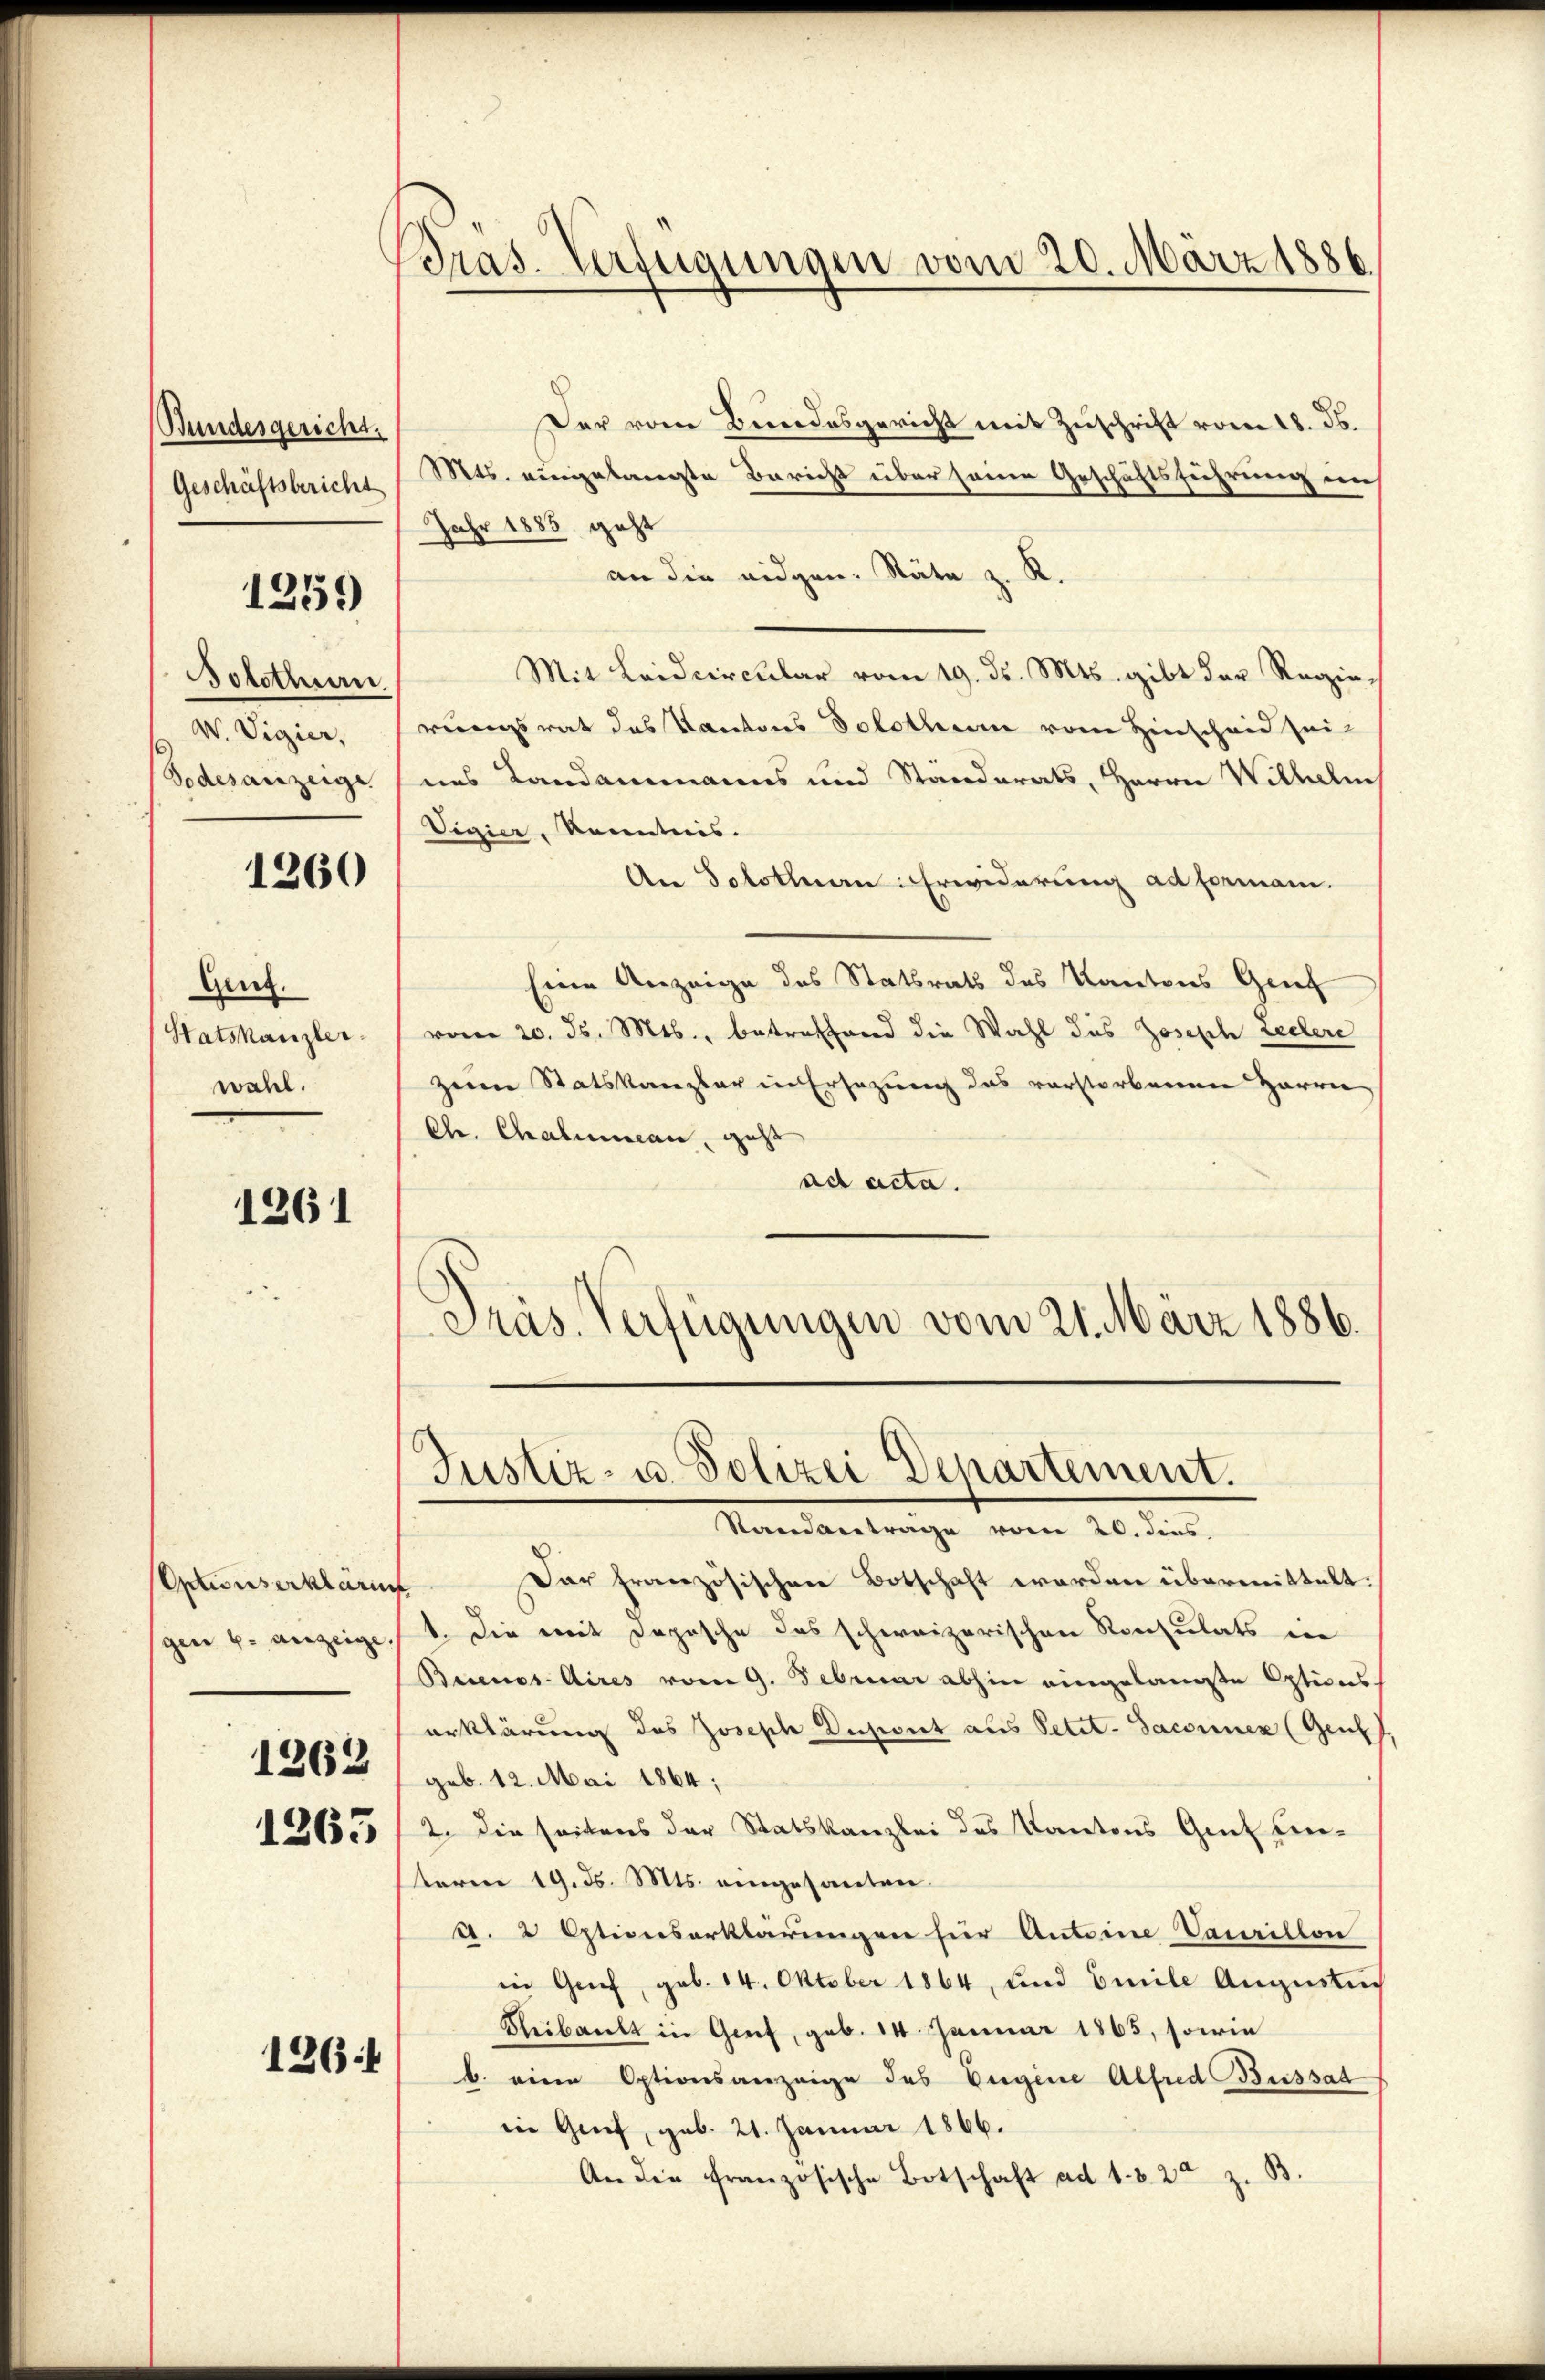
Bundesgericht.
Geschäftsbericht

1259

Bolothurn
W. Vigier,

1260

Geng.
Satskanzler.
wahl.

1261

ntunserklärun
gen 6. anzeige
1262
1265

1261

Präs. Verfügungen vom 20. März 1886

Der vom Bundesgericht mit Zuschrift vom 18. ds.
Mts. eingelangte Bericht über seine Geschäftsführung im
Jahr 1885 geht
an die eidgen. Stäte z. K.
Mit Leidcircular vom 19. ds. Mts. gibt der Regierungsrat das Kantons Solothur vom Hinscheid sei
Todesanzeige uns Landammanns und Ständerats, Herrn Wilhelm
Vigier, Kenntnis.
An Solothurn Erwiderung ad formani.
Eine Anzeige des Statsrath des Kantons Genf
vom 20. ds. Mts., betreffend die Wahl des Joseph Leitere
zum Statskanzler in Ersezung das vorstorbenen Herrn
Chr. Chalumann, geht
ad acta.
Präs. Verfügungen vom 21. März 1886.

Justiz- u. Polizei Departement.

Standantrage vom 20. dies,
Dar französischen Botschaft worden übermittelt.
1. Die mit Depesche das schweizerischen Ronsulats in
Buenos Aires vom 9. Februar abhin eingelangte Options
erklärung des Joseph Dichwert aus Petit-Saconuen (Gesch
geb. 12. Mai 1864;
2. die seitens der Statskanzlei des Kantons Gut Lieterm 19. d. Mts. eingesanten.
A. 2 Optionserklärungen für Antoine Vaurillon
in Grief, geb. 14. Oktober 1864, und Emile Augustun
Reibault in Greif, geb. 14. Januar 1865, sowie
b. eine Optionsanzeige des Eugene Alfred Bussat
in Genf, geb. 21. Januar 1866.
An die französische Botschaft ad 1. d. 22 z. B.